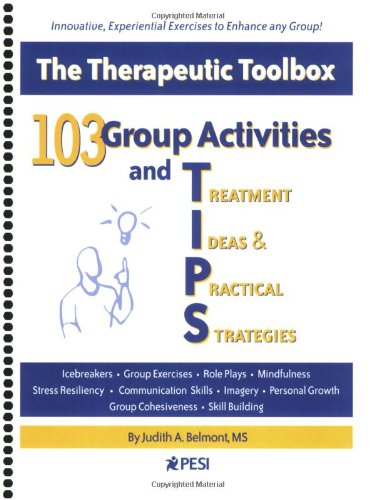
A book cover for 103 Group Activities and TIPS (Treatment Ideas & Practical Strategies); Judith Belmont; Self-Help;